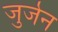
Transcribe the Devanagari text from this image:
जुर्जन